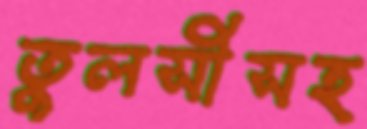
তুলসীসহ